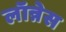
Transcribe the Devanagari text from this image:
लॉन्नेस